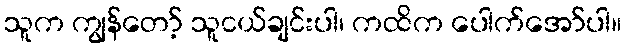
သူက ကျွန်တော့် သူငယ်ချင်းပါ၊ ကထိက ပေါက်အော်ပါ။